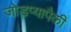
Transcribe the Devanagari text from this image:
जोडप्यापैकी